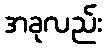
အခုလည်း